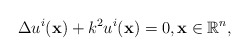
\begin{align*}\Delta u^i(\mathbf x)+k^2 u^i(\mathbf x)=0,\mathbf x\in \mathbb R^n,\end{align*}